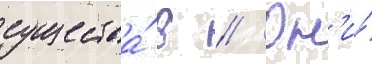
существа́ в // Он'и́